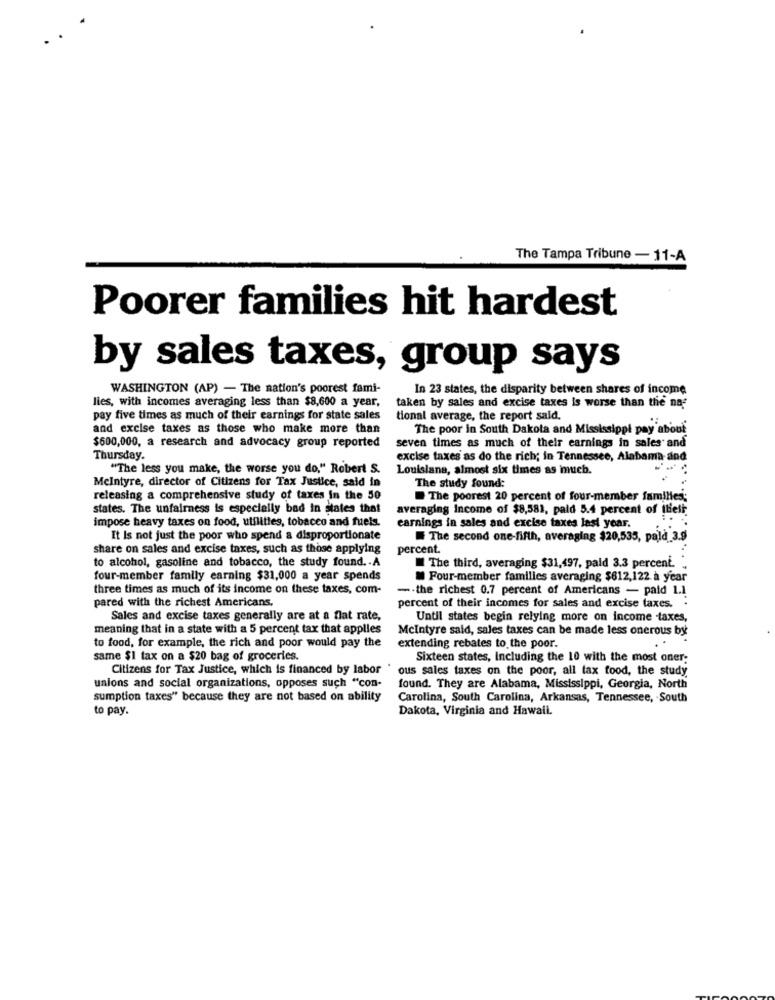
The Tampa Tribune - 11-A
Poorer families hit hardest
by sales taxes, group says
WASHINGTON (AP) - The nation's poorest fami-
In 23 states, the disparity between shares of income
lies, with incomes averaging less than $8,600 a year,
taken by sales and excise taxes is worse than the na
pay five times as much of their earnings for state sales
tional average, the report said.
and excise taxes as those who make more than
The poor in South Dakota and Mississippi pay about
$600,000, a research and advocacy group reported
seven times as much of their earnings in sales and
Thursday.
excise taxes as do the rich; in Tennessee, Alabama and
"The less you make, the worse you do." Robert S.
Louisiana, almost six times as much.
Melntyre, director of Citizens for Tax Justice, said in
The study found:
releasing a comprehensive study of taxes in the 50
The poorest 20 percent of four-member families;
states. The unfairness is especially bad in states that
averaging Income of $8,581, pald 5.4 percent of itieli.
impose heavy taxes on food, utilities, tobacco and fuels.
earnings in sales and excise taxes last year.
It Is not just the poor who spend a disproportionate
# The second one-fifth, averaging $20,535, palà 3.9
share on sales and excise taxes, such as those applying
percent.
to alcohol, gasoline and tobacco, the study found. . A
The third, averaging $31,497, pald 3.3 percent.
four-member family earning $31,000 a year spends
Four-member familles averaging $612,122 à year
three times as much of its income on these taxes, com-
-. the richest 0.7 percent of Americans - paid 1.1
pared with the richest Americans.
percent of their incomes for sales and excise taxes. .
Sales and excise taxes generally are at a flat rate,
Until states begin relying more on income taxes,
meaning that in a state with a 5 percent tax that applies
Mcintyre said, sales taxes can be made less onerous by
to food, for example, the rich and poor would pay the
extending rebates to the poor.
same $1 tax on a $20 bag of groceries.
Sixteen states, Including the 10 with the most oner;
Citizens for Tax Justice, which is financed by labor
ous sales taxes on the poor, all tax food, the study
unions and social organizations, opposes such "con-
found. They are Alabama, Mississippi, Georgia, North
sumption taxes" because they are not based on ability
Carolina, South Carolina, Arkansas, Tennessee, South
to pay.
Dakota, Virginia and Hawaii.